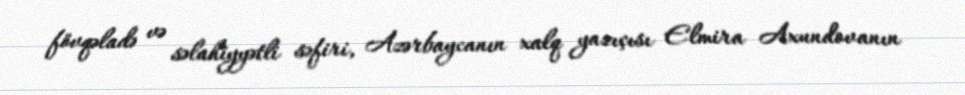
fövqəladə və səlahiyyətli səfiri, Azərbaycanın xalq yazıçısı Elmira Axundovanın